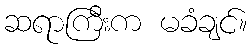
ဆရာကြီးက မခံချင်။